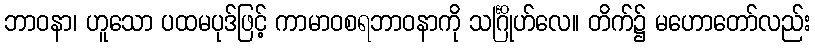
ဘာဝနာ၊ ဟူသော ပထမပုဒ်ဖြင့် ကာမာဝစရဘာဝနာကို သင်္ဂြိုဟ်လေ။ တိက်၌ မဟောတော်လည်း